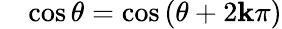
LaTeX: \quad\cos\theta=\cos\left(\theta+2\mathbf{k}\pi\right)